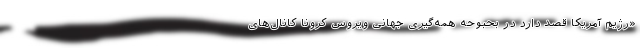
«رژیم آمریکا قصد دارد در بحبوحه همه‌گیری جهانی ویروس کرونا کانال‌های